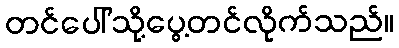
တင်ပေါ်သို့ပွေ့တင်လိုက်သည်။